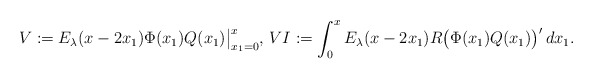
\begin{align*}V :=E_\lambda(x-2x_1)\Phi(x_1)Q(x_1)\big\vert_{x_1=0}^x,\,VI :=\int_0^xE_\lambda(x-2x_1) R \big(\Phi(x_1)Q(x_1)\big)'\,dx_1 .\end{align*}